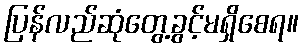
ပြန်လည်ဆုံတွေ့ခွင့်မရှိစေရ။